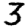
Digit: 3